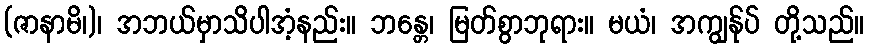
(ဇာနာမိ၊)၊ အဘယ်မှာသိပါအံ့နည်း။ ဘန္တေ၊ မြတ်စွာဘုရား။ မယံ၊ အကျွန်ုပ် တို့သည်။